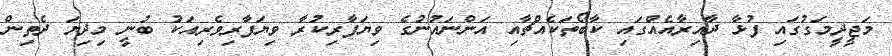
މަޖީދީމަގުގައި ފުޅާ ދާއިރާއެއްގައި ކާބޯތަކެއްޗާއި އަންނައުނުގެ ވިޔަފާރިކުރާ ވިޔަފާރިވެރިއަކު ބުނީ މިދިޔަ ދެތިން